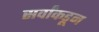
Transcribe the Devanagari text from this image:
सर्वांकडून